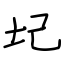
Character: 圮